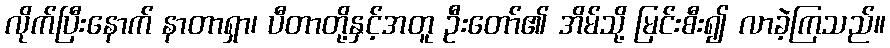
လိုက်ပြီးနောက် နာတာရှာ၊ ပီတာတို့နှင့်အတူ ဦးတော်၏ အိမ်သို့ မြင်းစီး၍ လာခဲ့ကြသည်။